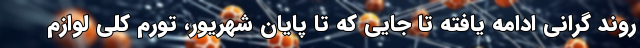
روند گرانی ادامه یافته تا جایی که تا پایان شهریور، تورم کلی لوازم